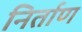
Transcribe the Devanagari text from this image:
निर्ताण